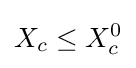
X_{c}\leq X_{c}^{0}